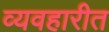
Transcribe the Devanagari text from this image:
व्यवहारीत